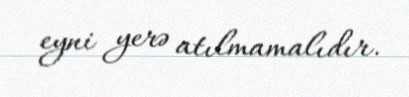
eyni yerə atılmamalıdır.